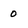
Character: 0